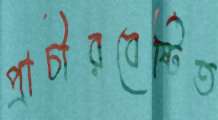
প্রাচীরবেষ্টিত